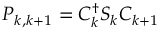
P _ { k , k + 1 } = C _ { k } ^ { \dagger } S _ { k } C _ { k + 1 }